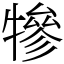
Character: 犙